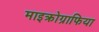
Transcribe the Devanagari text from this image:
माइक्रोग्राफिया